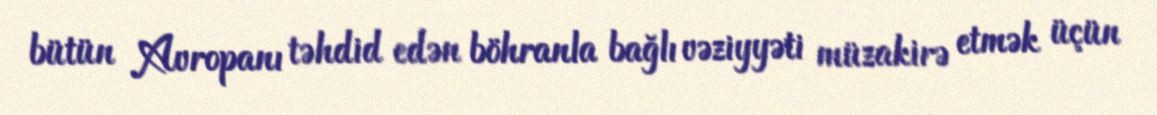
bütün Avropanı təhdid edən böhranla bağlı vəziyyəti müzakirə etmək üçün